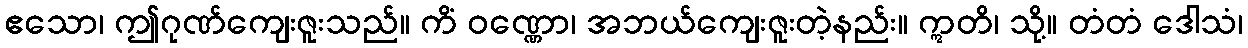
ဧသော၊ ဤဂုဏ်ကျေးဇူးသည်။ ကိံ ဝဏ္ဏော၊ အဘယ်ကျေးဇူးတဲ့နည်း။ ဣတိ၊ သို့။ တံတံ ဒေါသံ၊